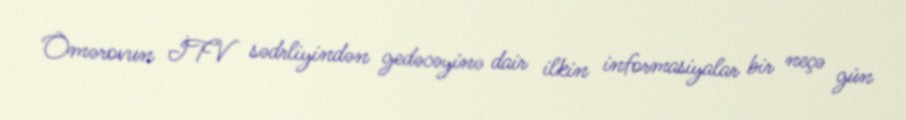
Ömərovun İTV sədrliyindən gedəcəyinə dair ilkin informasiyalar bir neçə gün